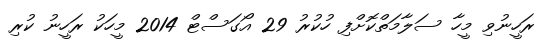
ރަހީނުވި މީހާ ސަލާމަތްކޮށްފި ހުކުރު 29 އޯގަސްޓް 2014 މީހަކު ރަހީނު ކުރި